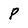
Character: p